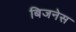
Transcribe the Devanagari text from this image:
बिजनेस